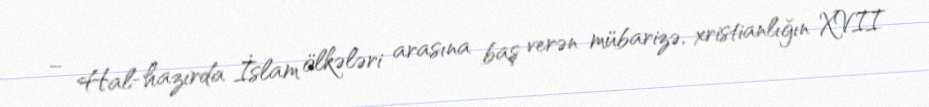
– Hal-hazırda İslam ölkələri arasına baş verən mübarizə, xristianlığın XVII